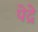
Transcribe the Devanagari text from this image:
पेद्रे